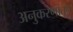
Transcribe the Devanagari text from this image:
अनुकरणातून